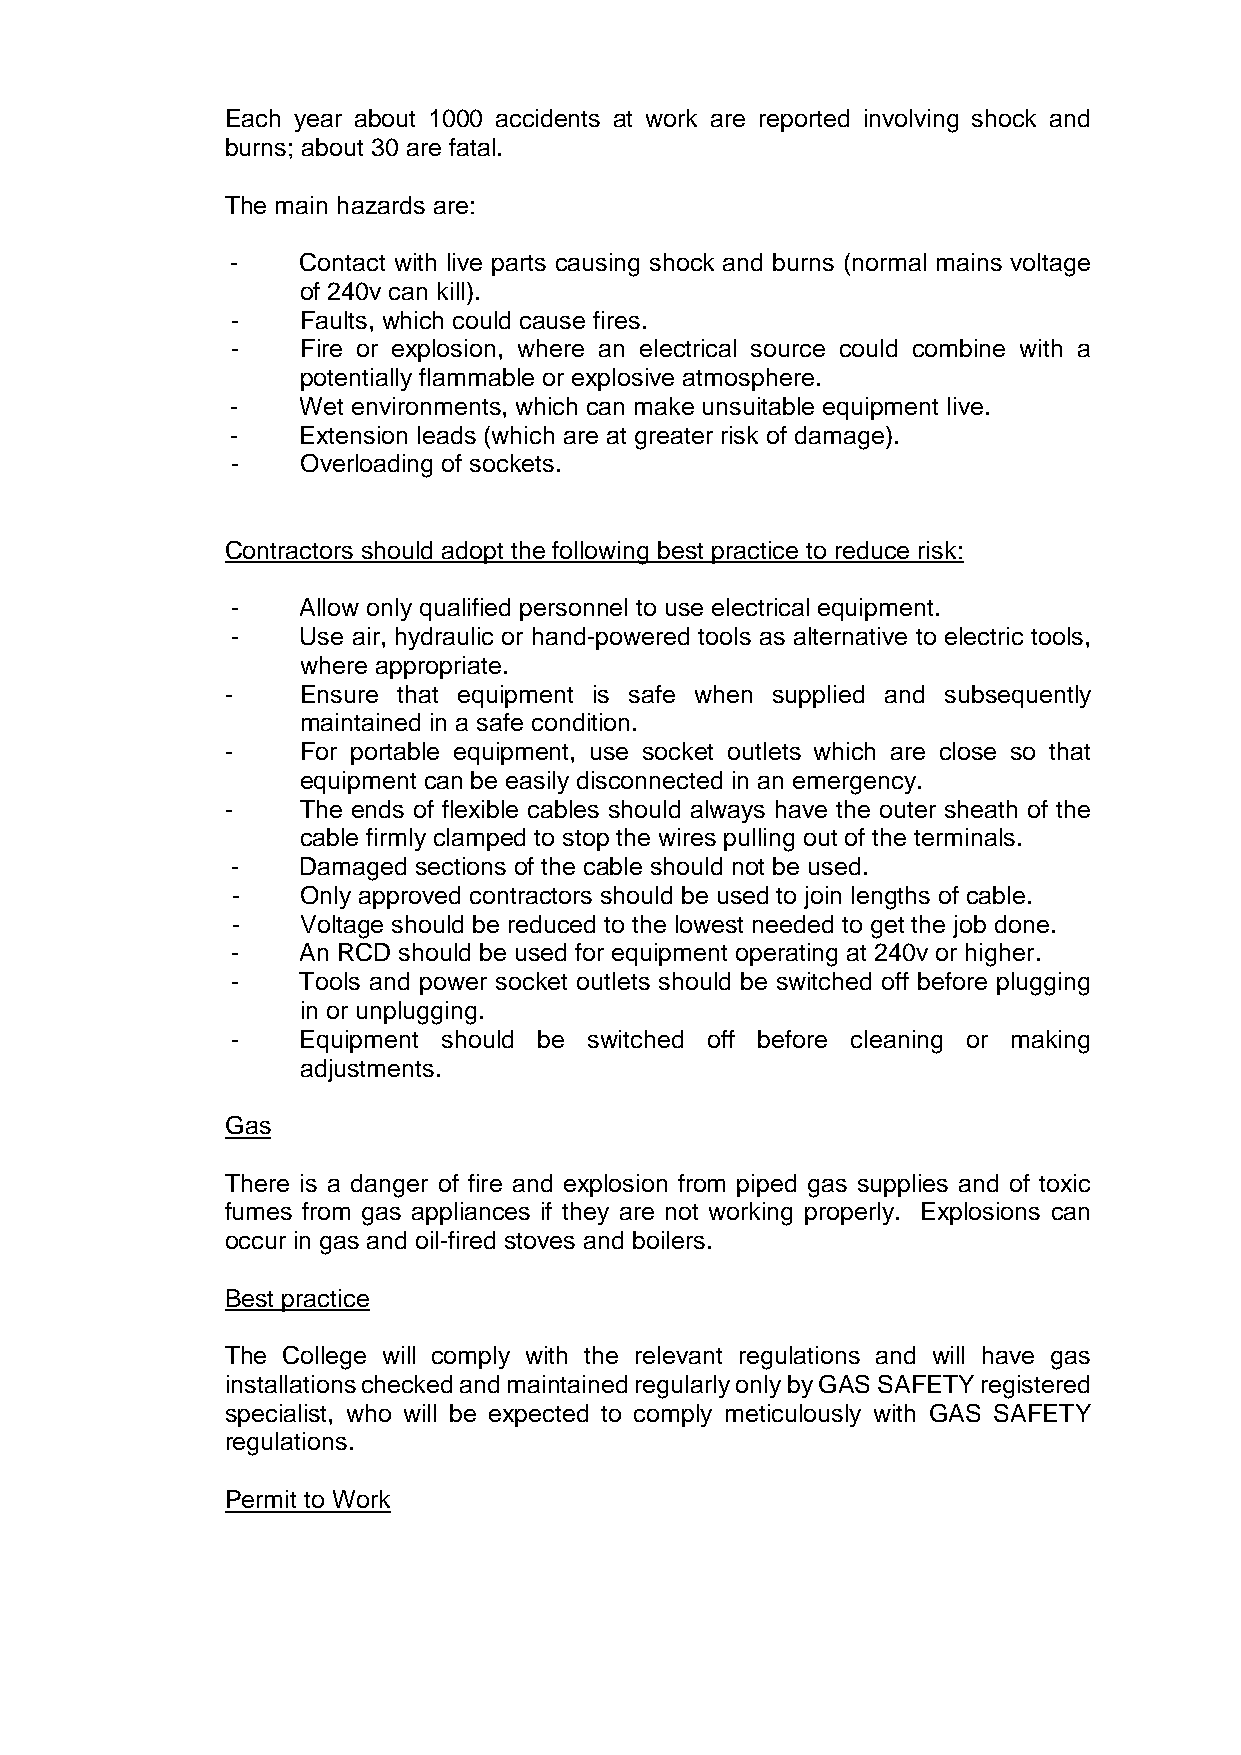
Each year about 1000 accidents at work are reported involving shock and
 burns; about 30 are fatal.
 The main hazards are:
 -    Contact with live parts causing shock and burns (normal mains voltage
 of 240v can kill).
 -    Faults, which could cause fires.
 -    Fire or explosion, where an electrical source could combine with a
 potentially flammable or explosive atmosphere.
 -    Wet environments, which can make unsuitable equipment live.
 -    Extension leads (which are at greater risk of damage).
 -    Overloading of sockets.
 Contractors should adopt the following best practice to reduce risk:
 -    Allow only qualified personnel to use electrical equipment.
 -    Use air, hydraulic or hand-powered tools as alternative to electric tools,
 where appropriate.
 -    Ensure that equipment is safe when supplied and subsequently
 maintained in a safe condition.
 -    For portable equipment, use socket outlets which are close so that
 equipment can be easily disconnected in an emergency.
 -    The ends of flexible cables should always have the outer sheath of the
 cable firmly clamped to stop the wires pulling out of the terminals.
 -    Damaged sections of the cable should not be used.
 -    Only approved contractors should be used to join lengths of cable.
 -    Voltage should be reduced to the lowest needed to get the job done.
 -    An RCD should be used for equipment operating at 240v or higher.
 -    Tools and power socket outlets should be switched off before plugging
 in or unplugging.
 -    Equipment should be switched off before cleaning or making
 adjustments.
 Gas
 There is a danger of fire and explosion from piped gas supplies and of toxic
 fumes from gas appliances if they are not working properly. Explosions can
 occur in gas and oil-fired stoves and boilers.
 Best practice
 The College will comply with the relevant regulations and will have gas
 installations checked and maintained regularly only by GAS SAFETY registered
 specialist, who will be expected to comply meticulously with GAS SAFETY
 regulations.
 Permit to Work